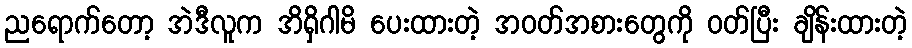
ညရောက်တော့ အဲဒီလူက အိရှိဂါမိ ပေးထားတဲ့ အဝတ်အစားတွေကို ဝတ်ပြီး ချိန်းထားတဲ့